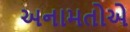
અનામતોએ